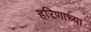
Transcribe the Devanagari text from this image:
हरिणाच्या